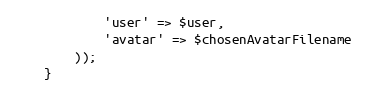
Language: PHP
            'user' => $user,
            'avatar' => $chosenAvatarFilename
        ));
    }